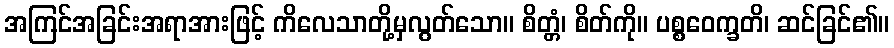
အကြင်အခြင်းအရာအားဖြင့် ကိလေသာတို့မှလွတ်သော။ စိတ္တံ၊ စိတ်ကို။ ပစ္စဝေက္ခတိ၊ ဆင်ခြင်၏။